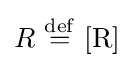
R\ {\stackrel {\mathrm {def} }{=}}\ [{\mathrm {R} }]